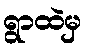
ရွာထဲမှ